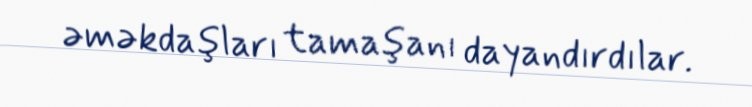
əməkdaşları tamaşanı dayandırdılar.